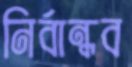
নির্বান্ধব